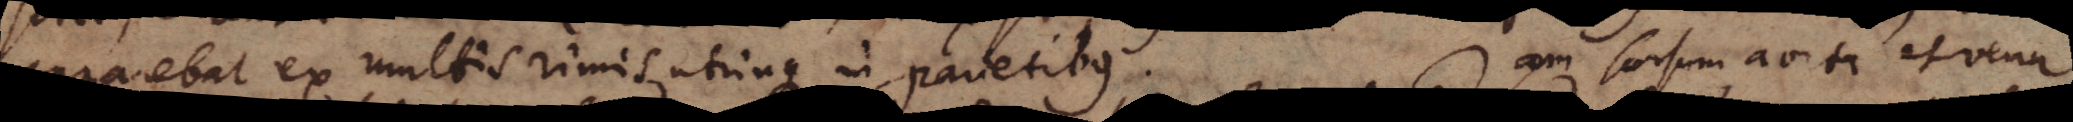
apparebat ex multis rimis utrinque in parietibus. Jam sursum aorta et vena